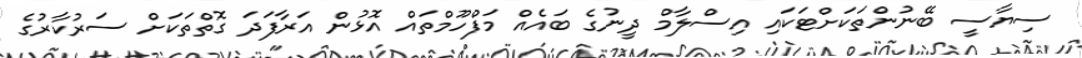
ސިޔާސީ ބޭނުންތަކަށްޓަކައި އިސްލާމް ދީނުގެ ބައެއް މަފްހޫމްތައް އޮޅުން އަރާފަދަ ގޮތްތަކަށް ސަރުކާރުގެ